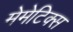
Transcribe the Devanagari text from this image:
मेमेटिक्स